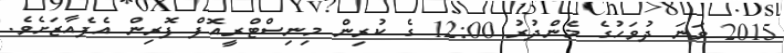
2015 ވަނަ ދުވަހުގެ މެންދުރު 12:00 ގެ ކުރިން މިނިސްޓްރީއޮފް ފޮރިން އެފެއާޒަށެވެ.